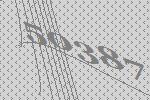
50387